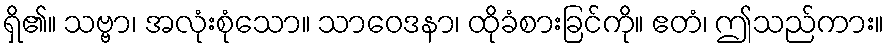
ရှိ၏။ သဗ္ဗာ၊ အလုံးစုံသော။ သာဝေဒနာ၊ ထိုခံစားခြင်ကို။ ဧတံ၊ ဤသည်ကား။